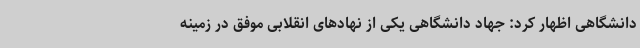
دانشگاهی اظهار کرد: جهاد دانشگاهی یکی از نهادهای انقلابی موفق در زمینه